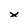
Character: x